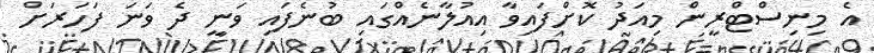
އެ މިނިސްޓްރީން މިއަދު ކޮށްފައިވާ އިއުލާނެއްގައި ބުނެފައި ވަނީ ދެ ވަނަ ފަހަރަށް